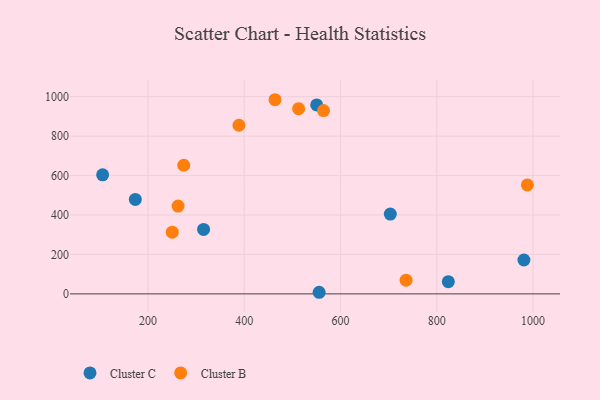
{"axis": {"x": "Distance", "y": "Profit"}, "legend": ["Cluster B", "Cluster C"], "data": [{"x": "703.4", "y": 404.6, "type": "Cluster C"}, {"x": "173.8", "y": 479.1, "type": "Cluster C"}, {"x": "555.6", "y": 8.2, "type": "Cluster C"}, {"x": "980.9", "y": 172.0, "type": "Cluster C"}, {"x": "105.9", "y": 603.6, "type": "Cluster C"}, {"x": "550.5", "y": 958.2, "type": "Cluster C"}, {"x": "823.9", "y": 62.0, "type": "Cluster C"}, {"x": "315.6", "y": 326.9, "type": "Cluster C"}, {"x": "564.7", "y": 929.6, "type": "Cluster B"}, {"x": "988.1", "y": 552.6, "type": "Cluster B"}, {"x": "250.5", "y": 313.0, "type": "Cluster B"}, {"x": "463.9", "y": 984.7, "type": "Cluster B"}, {"x": "513.0", "y": 939.1, "type": "Cluster B"}, {"x": "736.2", "y": 69.5, "type": "Cluster B"}, {"x": "389.0", "y": 855.3, "type": "Cluster B"}, {"x": "274.4", "y": 652.4, "type": "Cluster B"}, {"x": "262.6", "y": 445.6, "type": "Cluster B"}]}